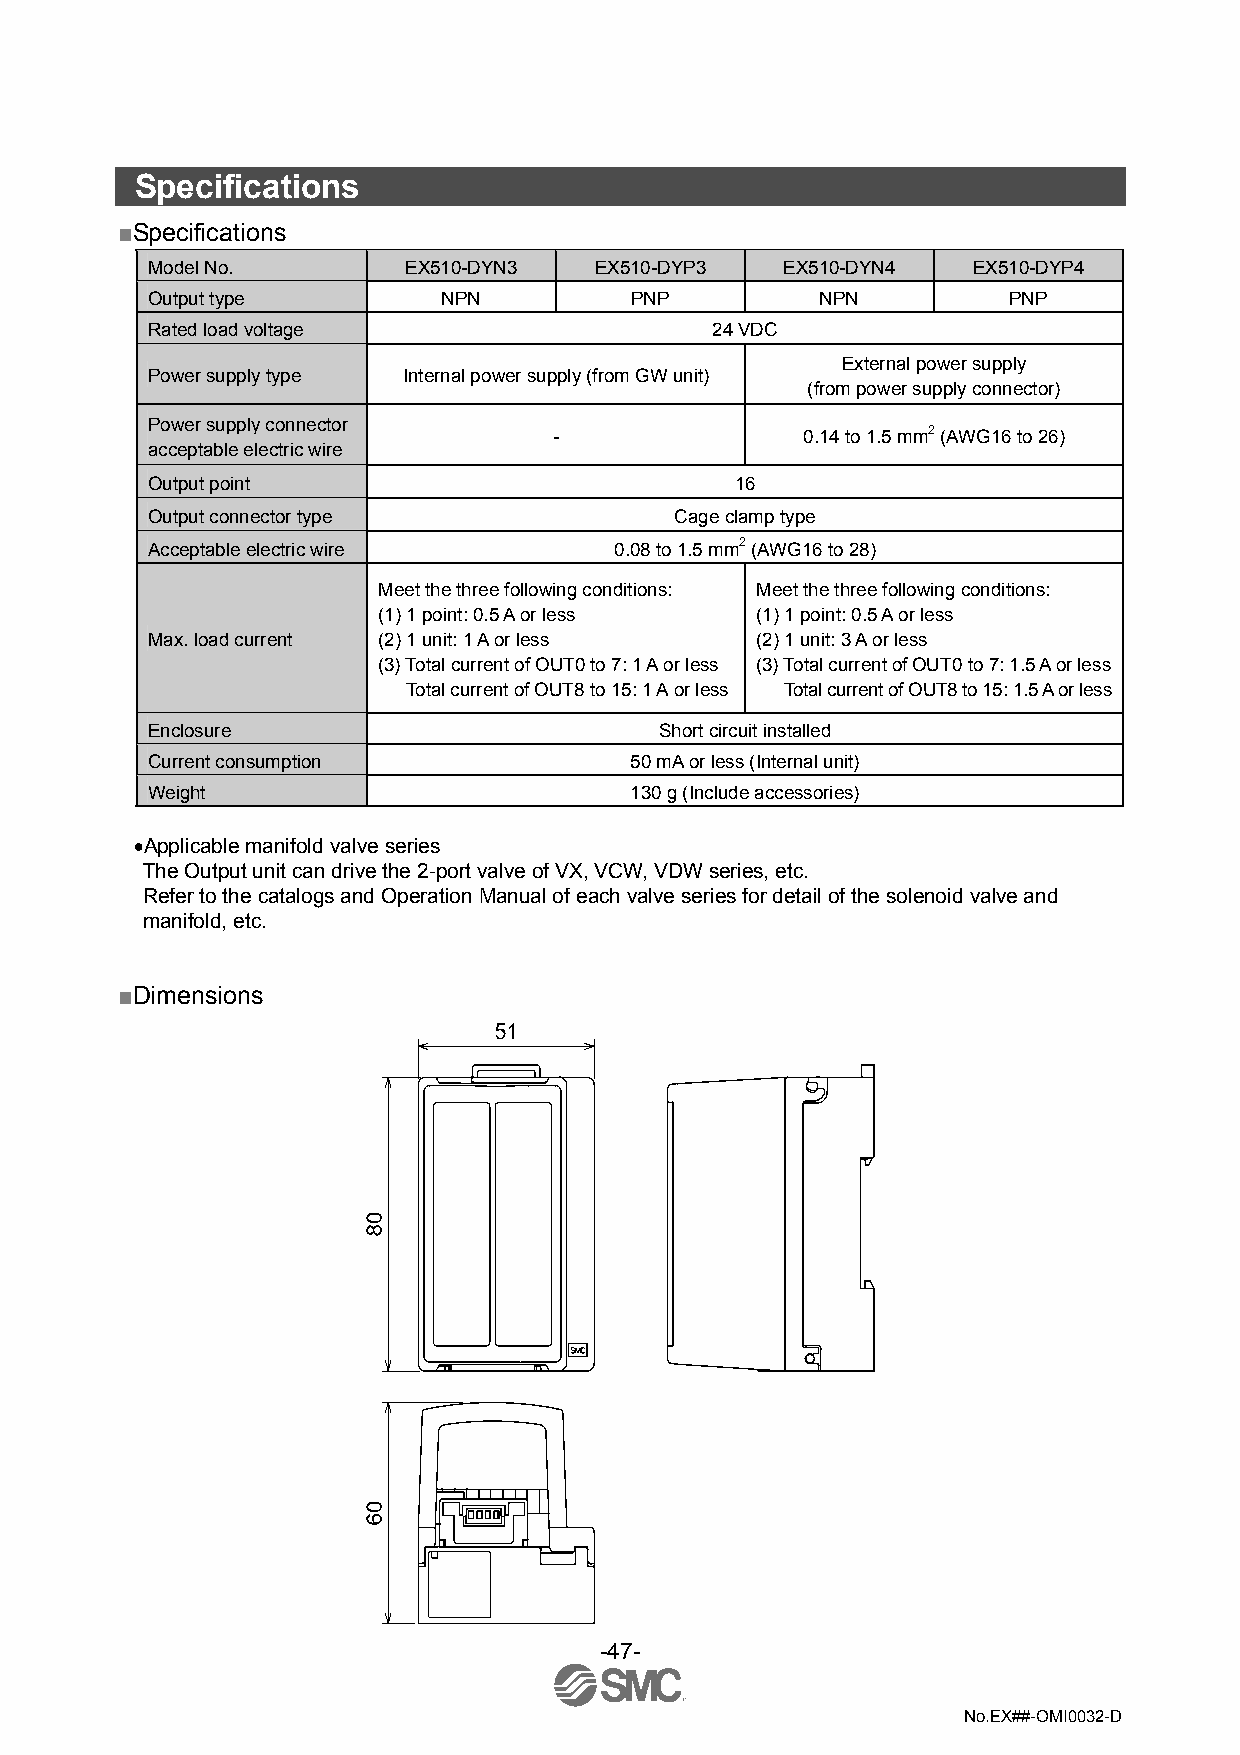
Specifications
 ■Specifications
 Model No.        EX510-DYN3  EX510-DYP3   EX510-DYN4  EX510-DYP4
 Output type        NPN          PNP         NPN          PNP
 Rated load voltage                   24 VDC
 External power supply
 Power supply type Internal power supply (from GW unit)
 (from power supply connector)
 Power supply connector
 -               0.14 to 1.5 mm2 (AWG16 to 26)
 acceptable electric wire
 Output point                           16
 Output connector type              Cage clamp type
 Acceptable electric wire       0.08 to 1.5 mm2 (AWG16 to 28)
 Meet the three following conditions: Meet the three following conditions:
 (1) 1 point: 0.5 A or less (1) 1 point: 0.5 A or less
 Max. load current (2) 1 unit: 1 A or less (2) 1 unit: 3 A or less
 (3) Total current of OUT0 to 7: 1 A or less (3) Total current of OUT0 to 7: 1.5 A or less
 Total current of OUT8 to 15: 1 A or less Total current of OUT8 to 15: 1.5 A or less
 Enclosure                         Short circuit installed
 Current consumption             50 mA or less (Internal unit)
 Weight                          130 g (Include accessories)
 •Applicable manifold valve series
 The Output unit can drive the 2-port valve of VX, VCW, VDW series, etc.
 Refer to the catalogs and Operation Manual of each valve series for detail of the solenoid valve and
 manifold, etc.
 ■Dimensions
 -47-
 No.EX##-OMI0032-D